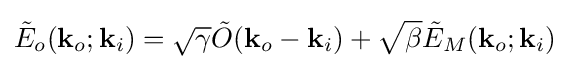
{\tilde {E}}_{o}(\mathbf {k} _{o};\mathbf {k} _{i})={\sqrt {\gamma }}{\tilde {O}}(\mathbf {k} _{o}-\mathbf {k} _{i})+{\sqrt {\beta }}{\tilde {E}}_{M}(\mathbf {k} _{o};\mathbf {k} _{i})